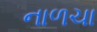
નાળચા